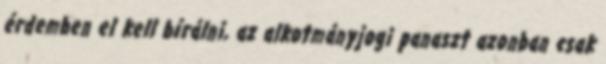
érdemben el kell bírálni, az alkotmányjogi panaszt azonban csak